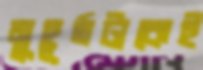
মুহূর্তটাকেই